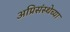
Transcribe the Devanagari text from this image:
अप्रिसंस्थेच्या